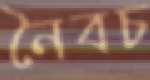
নৈবচ